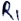
Text: R1